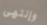
وإنتهى